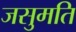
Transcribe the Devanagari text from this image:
जसुमति